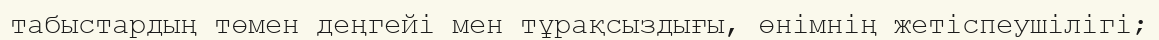
табыстардың төмен деңгейі мен тұрақсыздығы, өнімнің жетіспеушілігі;